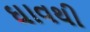
ઘાવથી